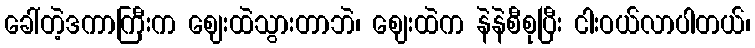
ခေါ်တဲ့ဒကာကြီးက ဈေးထဲသွားတာဘဲ၊ ဈေးထဲက နဲနဲစီစုပြီး ငါးဝယ်လာပါတယ်၊